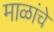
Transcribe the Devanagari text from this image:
माळांचे